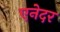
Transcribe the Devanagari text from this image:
एनेदर